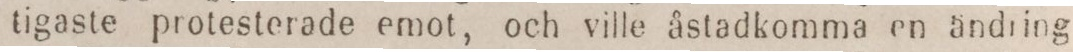
tigaste protesterade emot, och ville åstadkomma en ändring